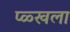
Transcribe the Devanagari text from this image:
प्ळ्खला